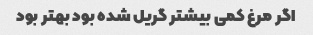
اگر مرغ کمی بیشتر گریل شده بود بهتر بود